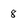
Character: 8